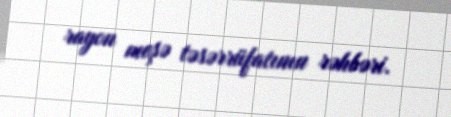
rayon meşə təsərrüfatının rəhbəri.